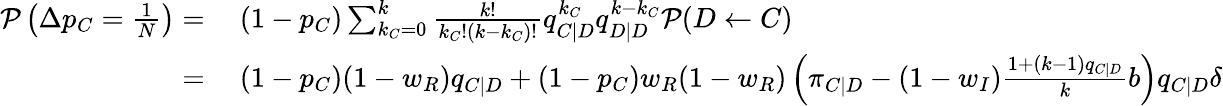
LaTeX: \begin{array}{rl}{\mathcal{P}\left(\Delta p_{C}=\frac{1}{N}\right)=}&{{}~(1-p_{C})\sum_{k_{C}=0}^{k}{\frac{k!}{k_{C}!(k-k_{C})!}q_{C|D}^{k_{C}}q_{D|D}^{k-k_{C}}\mathcal{P}(D\gets C)}}\\ {=}&{{}~(1-p_{C})(1-w_{R})q_{C|D}+(1-p_{C})w_{R}(1-w_{R})\left(\pi_{C|D}-(1-w_{I})\frac{1+(k-1)q_{C|D}}{k}b\right)q_{C|D}\delta}\end{array}